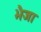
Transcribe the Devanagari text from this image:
भैजा